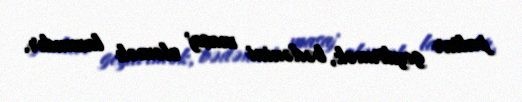
paltar geydirmək, bədənini masaj eləmək lazımdır.